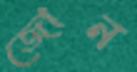
জোন